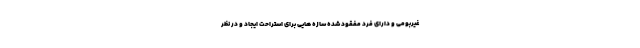
غیربومی و دارای فرد مفقود شده سازه هایی برای استراحت ایجاد و در نظر